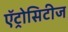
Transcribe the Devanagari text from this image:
ऍट्रोसिटीज